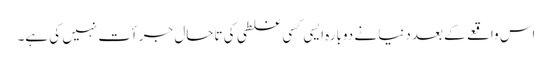
اس واقعے کے بعد دنیا نے دوبارہ ایسی کسی غلطی کی تاحال جرأت نہیں کی ہے۔